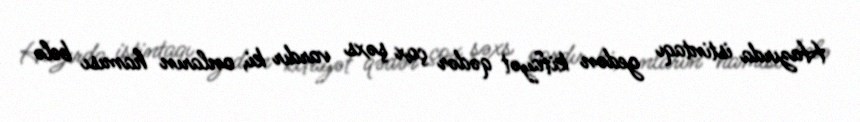
Hazırda istintaqı gedən kifayət qədər çox şəxs vardır ki, onların hamısı belə